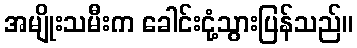
အမျိုးသမီးက ခေါင်းငုံ့သွားပြန်သည်။